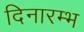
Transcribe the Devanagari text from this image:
दिनारम्भ